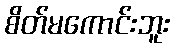
စိတ်မကောင်းဘူး